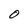
Character: 0